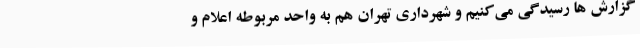
گزارش ها رسیدگی می‌کنیم و شهرداری تهران هم به واحد مربوطه اعلام و